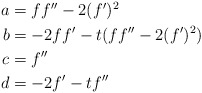
\begin{align*}\begin{aligned} a &= ff'' -2(f')^2 \\ b &= -2ff' -t(ff'' - 2(f')^2) \\ c &= f'' \\ d &= -2f' - tf'' \end{aligned}\end{align*}